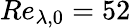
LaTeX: Re_{\lambda,0}=52